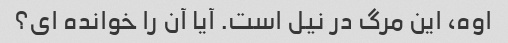
اوه، این مرگ در نیل است. آیا آن را خوانده ای؟